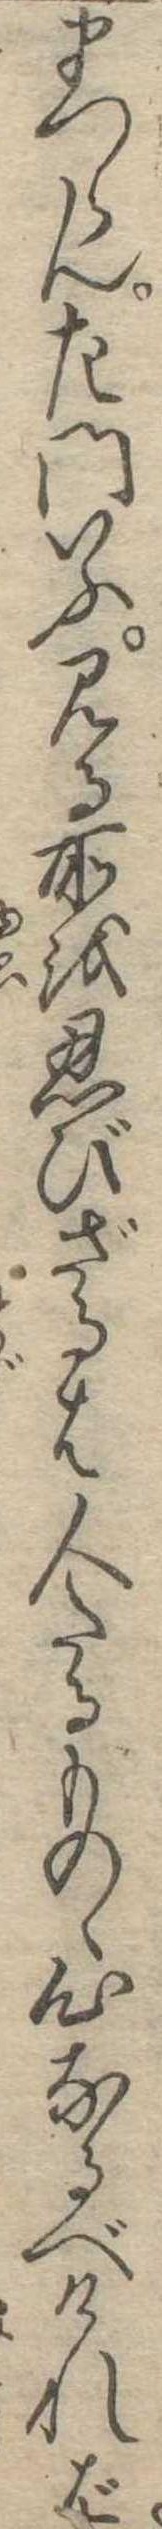
まつらん左門いふ見る所を忍びざるは人たるものゝ心なるべければ